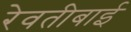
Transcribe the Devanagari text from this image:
रेवतीबाई